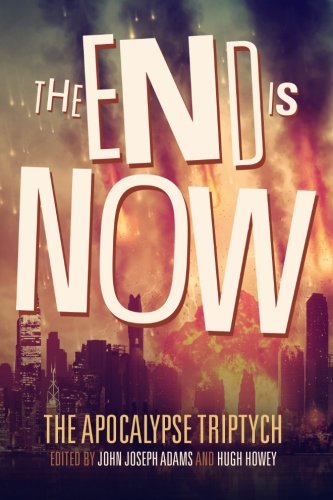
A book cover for The End is Now (The Apocalypse Triptych Book 2) (Volume 2); Hugh Howey; Science Fiction & Fantasy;